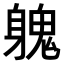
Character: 𨉵